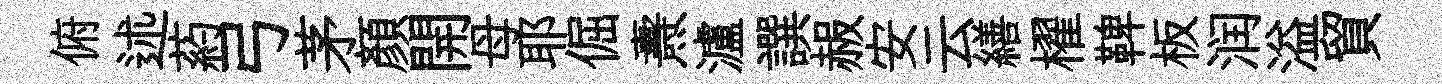
俯述葯弓茅顏開母耶倔燾瀘譔赧安云繕櫂鞞板润溢貿